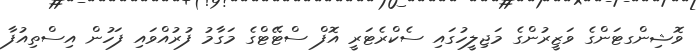
ވޮޝިންގޓަންގެ ވަޒީރުންގެ މަޖިލީހުގައި ސެކްރެޓަރީ އޮފް ސްޓޭޓްގެ މަގާމު ފުރުއްވައި ފަހުން އިސްތިއުފާ